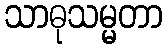
သာဓုသမ္မတာ